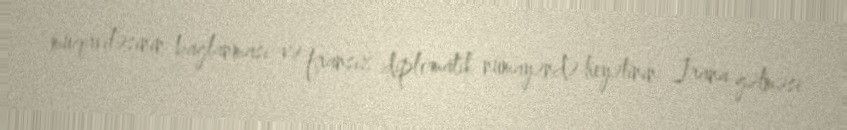
müqaviləsinin bağlanması və fransız diplomatik nümayəndə heyətinin İrana gəlməsi